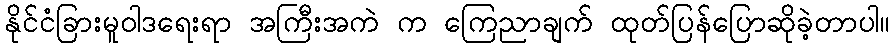
နိုင်ငံခြားမူဝါဒရေးရာ အကြီးအကဲ က ကြေညာချက် ထုတ်ပြန်ပြောဆိုခဲ့တာပါ။